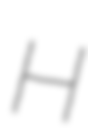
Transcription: H